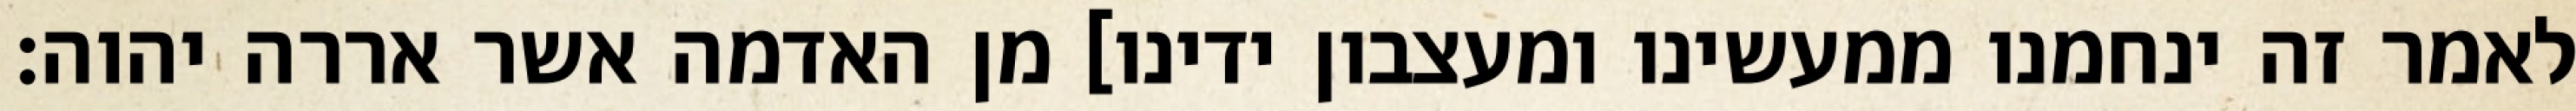
לאמר זה ינחמנו ממעשינו ומעצבון ידינו] מן האדמה אשר אררה יהוה׃